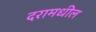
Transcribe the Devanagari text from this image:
दरामधील